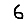
Digit: 6